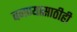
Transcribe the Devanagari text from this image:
बनण्यासाठीही